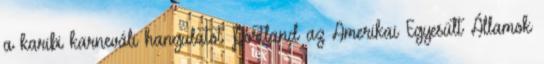
a karibi karneváli hangulatot Portland az Amerikai Egyesült Államok